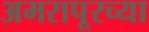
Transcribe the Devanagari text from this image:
अमरापूरच्या